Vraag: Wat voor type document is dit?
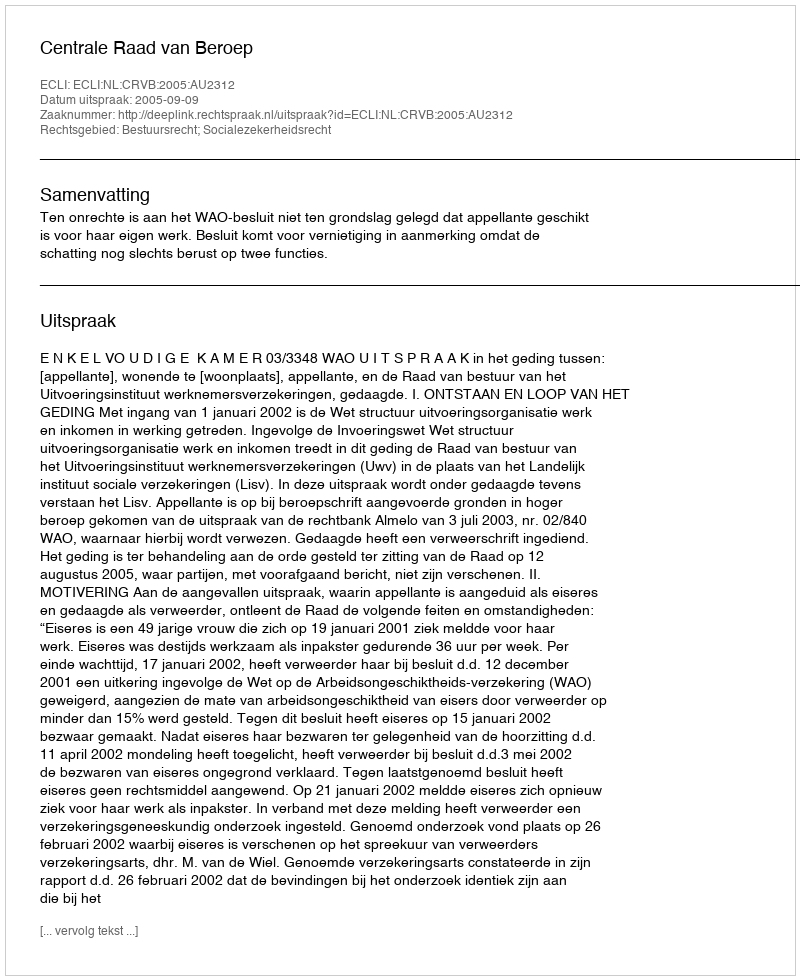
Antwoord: Uitspraak